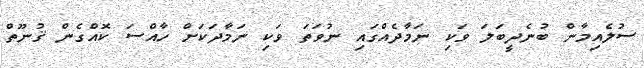
ސުލެއިމާން ބުނެދީބަލަ ވަކި ނަމާދެއްގައި ނުވަތަ ވަކި ނަމާދަކަށް ހާއްސަ ކޮއްގެން ޤުނޫތް